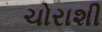
ચોરાશી